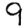
Digit: 9